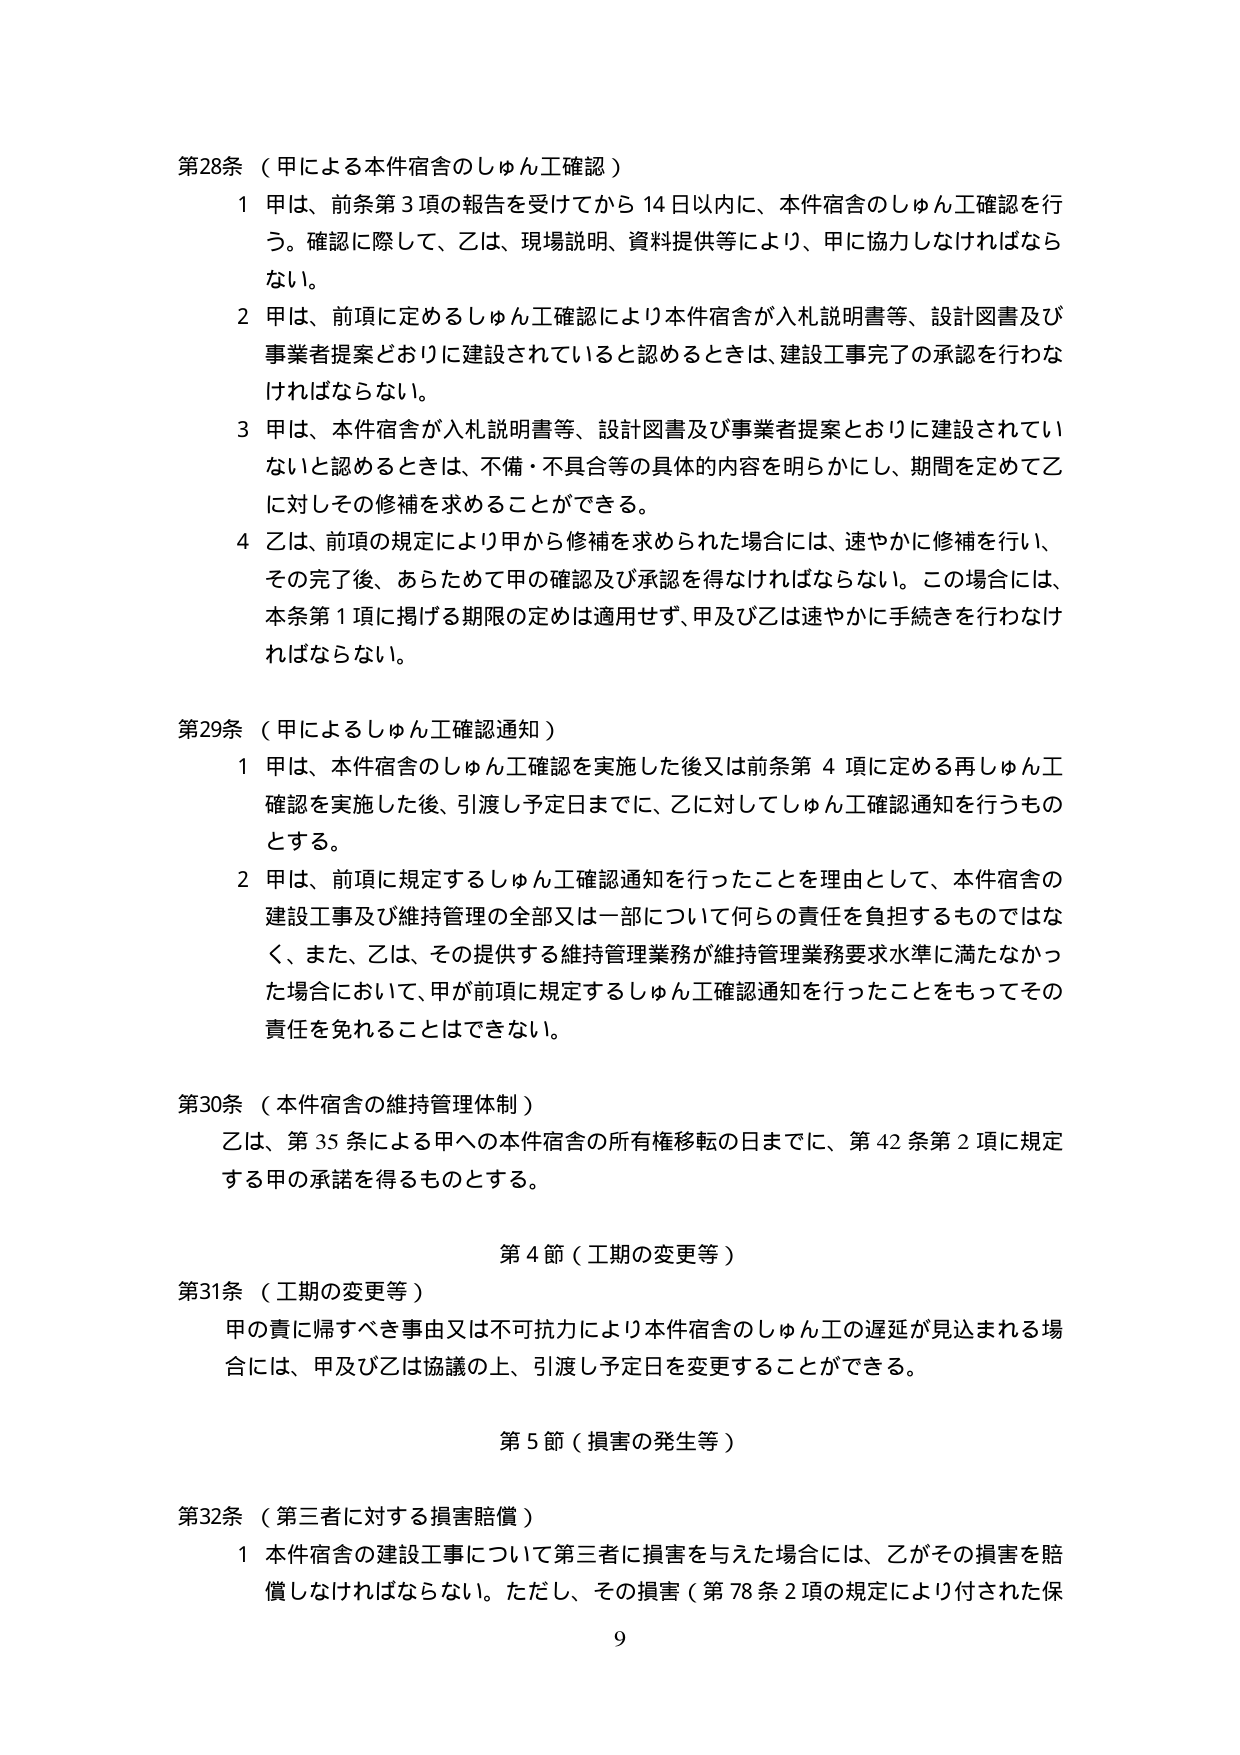
第28条（甲による本件宿舎のしゅん工確認）

1 甲は、前条第3項の報告を受けてから14日以内に、本件宿舎のしゅん工確認を行う。確認に際して、乙は、現場説明、資料提供等により、甲に協力しなければならない。

2 甲は、前項に定めるしゅん工確認により本件宿舎が入札説明書等、設計図書及び事業者提案どおりに建設されていると認めるときは、建設工事完了の承認を行わなければならない。

3 甲は、本件宿舎が入札説明書等、設計図書及び事業者提案どおりに建設されていないと認めるときは、不備・不具合等の具体的内容を明らかにし、期間を定めて乙に対しその修補を求めることができる。

4 乙は、前項の規定により甲から修補を求められた場合には、速やかに修補を行い、その完了後、あらためて甲の確認及び承認を得なければならない。この場合には、本条第1項に掲げる期限の定めは適用せず、甲及び乙は速やかに手続きを行わなければならない。

第29条（甲によるしゅん工確認通知）

1 甲は、本件宿舎のしゅん工確認を実施した後又は前条第4項に定める再しゅん工確認を実施した後、引渡し予定日までに、乙に対してしゅん工確認通知を行うものとする。

2 甲は、前項に規定するしゅん工確認通知を行ったことを理由として、本件宿舎の建設工事及び維持管理の全部又は一部について何らの責任を負担するものではなく、また、乙は、その提供する維持管理業務が維持管理業務要求水準に満たなかった場合において、甲が前項に規定するしゅん工確認通知を行ったことをもってその責任を免れることはできない。

第30条（本件宿舎の維持管理体制）

乙は、第35条による甲への本件宿舎の所有権移転の日までに、第42条第2項に規定する甲の承諾を得るものとする。

第4節（工期の変更等）

第31条（工期の変更等）

甲の責に帰すべき事由又は不可抗力により本件宿舎のしゅん工の遅延が見込まれる場合には、甲及び乙は協議の上、引渡し予定日を変更することができる。

第5節（損害の発生等）

第32条（第三者に対する損害賠償）

1 本件宿舎の建設工事について第三者に損害を与えた場合には、乙がその損害を賠償しなければならない。ただし、その損害（第78条2項の規定により付された保

9